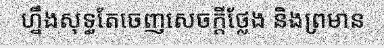
ហ្នឹងសុទ្ធតែចេញសេចក្តីថ្លែង និងព្រមាន